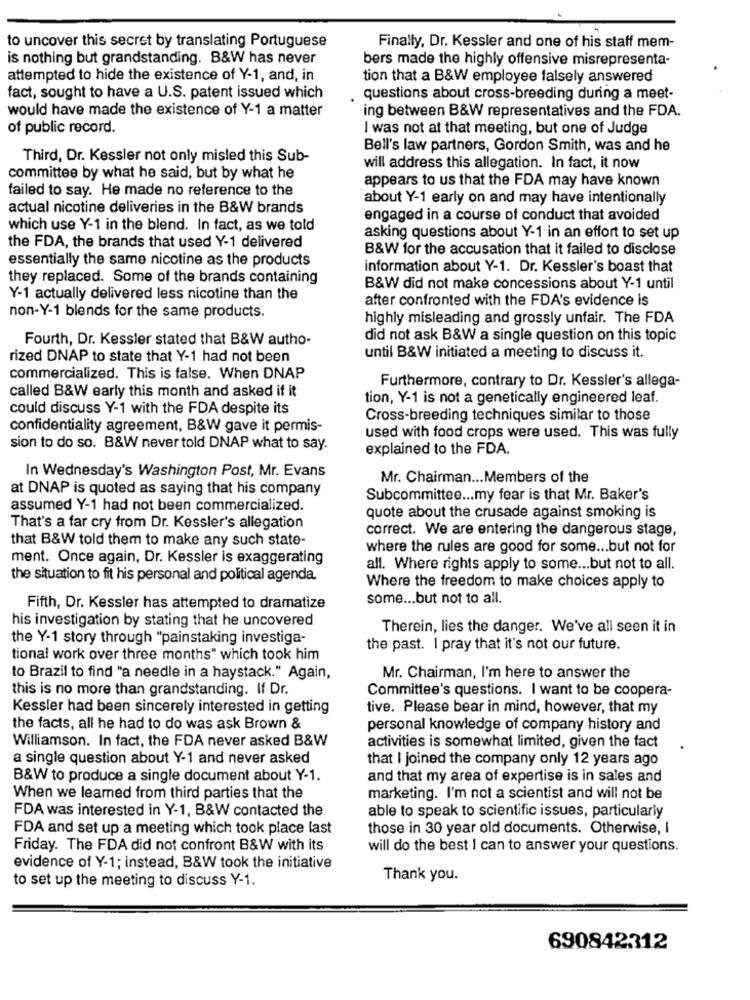
to uncover this secret by translating Portuguese
Finally, Dr. Kessler and one of his staff mem-
is nothing but grandstanding. B&W has never
bers made the highly offensive misrepresenta-
attempted to hide the existence of Y-1, and, in
tion that a B&W employee falsely answered
fact, sought to have a U.S. patent issued which
questions about cross-breeding during a meet-
would have made the existence of Y-1 a matter
ing between B&W representatives and the FDA.
of public record.
I was not at that meeting, but one of Judge
Bell's law partners, Gordon Smith, was and he
Third, Dr. Kessler not only misled this Sub-
will address this allegation. In fact, it now
committee by what he said, but by what he
appears to us that the FDA may have known
failed to say. He made no reference to the
about Y-1 early on and may have intentionally
actual nicotine deliveries in the B&W brands
engaged in a course of conduct that avoided
which use Y-1 in the blend. In fact, as we told
asking questions about Y-1 in an effort to set up
the FDA, the brands that used Y-1 delivered
B&W for the accusation that it failed to disclose
essentially the same nicotine as the products
information about Y-1. Dr. Kessler's boast that
they replaced. Some of the brands containing
B&W did not make concessions about Y-1 until
Y-1 actually delivered less nicotine than the
after confronted with the FDA's evidence is
non-Y-1 blends for the same products.
highly misleading and grossly unfair. The FDA
Fourth, Dr. Kessler stated that B&W autho-
did not ask B&W a single question on this topic
rized DNAP to state that Y-1 had not been
until B&W initiated a meeting to discuss it.
commercialized. This is false. When DNAP
Furthermore, contrary to Dr. Kessler's allega-
called B&W early this month and asked if it
tion, Y-1 is not a genetically engineered leaf.
could discuss Y-1 with the FDA despite its
Cross-breeding techniques similar to those
confidentiality agreement, B&W gave it permis-
used with food crops were used. This was fully
sion to do so. B&W never told DNAP what to say.
explained to the FDA.
In Wednesday's Washington Post, Mr. Evans
Mr. Chairman ... Members of the
at DNAP is quoted as saying that his company
Subcommittee ... my fear is that Mr. Baker's
assumed Y-1 had not been commercialized.
quote about the crusade against smoking is
That's a far cry from Dr. Kessler's allegation
correct. We are entering the dangerous stage,
that B&W told them to make any such state-
where the rules are good for some ... but not for
ment. Once again, Dr. Kessler is exaggerating
all. Where rights apply to some ... but not to all.
the situation to fit his personal and political agenda.
Where the freedom to make choices apply to
some ... but not to all.
Fifth, Dr. Kessler has attempted to dramatize
his investigation by stating that he uncovered
Therein, lies the danger. We've all seen it in
the Y-1 story through "painstaking investiga-
the past. I pray that it's not our future.
tional work over three months" which took him
to Brazil to find "a needle in a haystack." Again,
Mr. Chairman, I'm here to answer the
this is no more than grandstanding. If Dr.
Committee's questions. I want to be coopera-
Kessler had been sincerely interested in getting
tive. Please bear in mind, however, that my
the facts, all he had to do was ask Brown &
personal knowledge of company history and
Williamson. In fact, the FDA never asked B&W
activities is somewhat limited, given the fact
a single question about Y-1 and never asked
that I joined the company only 12 years ago
B&W to produce a single document about Y-1.
and that my area of expertise is in sales and
When we learned from third parties that the
marketing. I'm not a scientist and will not be
FDA was interested in Y-1, B&W contacted the
able to speak to scientific issues, particularly
FDA and set up a meeting which took place last
those in 30 year old documents. Otherwise, I
Friday. The FDA did not confront B&W with its
will do the best I can to answer your questions.
evidence of Y-1; instead, B&W took the initiative
to set up the meeting to discuss Y-1.
Thank you.
690842312